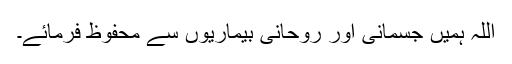
اللہ ہمیں جسمانی اور روحانی بیماریوں سے محفوظ فرمائے۔